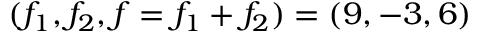
( f _ { 1 } , f _ { 2 } , f = f _ { 1 } + f _ { 2 } ) = ( 9 , - 3 , 6 )